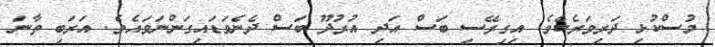
މުސްކުޅި ދަރިވަރެކެވެ. އިގިރޭސި ބަސް އަދި އުރުދޫ ބަސް ދެނެވަޑައިގަންނަވައެވެ. އަރަބި ތާނަ